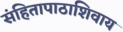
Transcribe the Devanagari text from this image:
संहितापाठाशिवाय